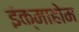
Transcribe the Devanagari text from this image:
इंक्माहोम